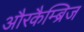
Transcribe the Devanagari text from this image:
औरकैम्ब्रिज